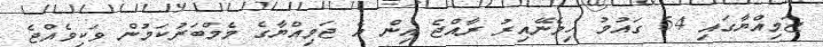
ޖަމިއްޔާގައި 54 ގައުމު ހިމެނޭއިރު ރާއްޖެ އިން އެ ޖަމިއްޔާގެ މެމްބަރުކަމުން ވަކިވެއްޖެ